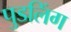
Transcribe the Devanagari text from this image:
पुडलिंग